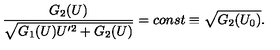
\frac { G _ { 2 } ( U ) } { \sqrt { G _ { 1 } ( U ) U ^ { \prime 2 } + G _ { 2 } ( U ) } } = c o n s t \equiv \sqrt { G _ { 2 } ( U _ { 0 } ) } .